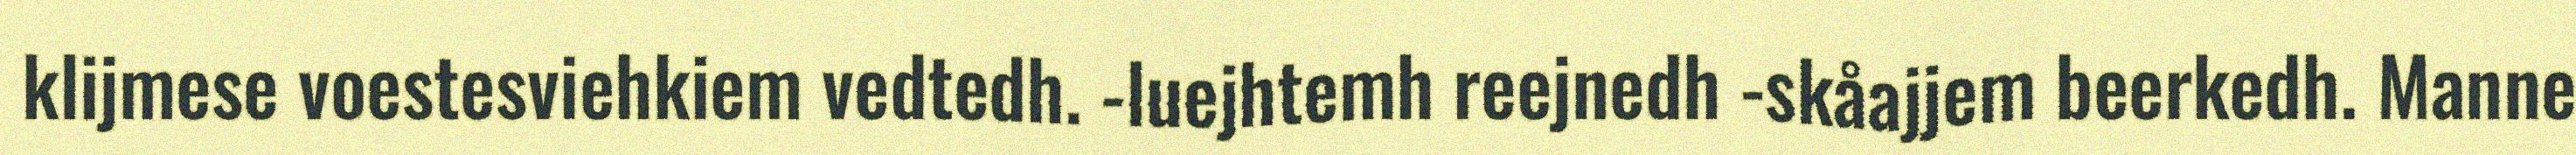
klijmese voestesviehkiem vedtedh. -luejhtemh reejnedh -skåajjem beerkedh. Manne